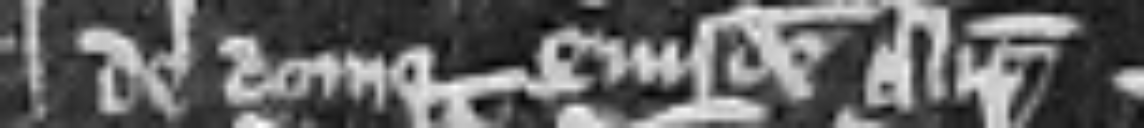
de domo ejusdem Alicie